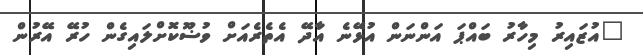
"އުޒައިރު މިހާރު ބައްޕަ އަންނަން އުޅޭނެ އާދޭ އެތެރެއަށް ވުޟޫކޮށްލައިގެން ހުރޭ އޭރުން